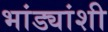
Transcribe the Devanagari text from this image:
भांड्यांशी